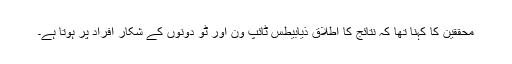
محققین کا کہنا تھا کہ نتائج کا اطلاق ذیابیطس ٹائپ ون اور ٹو دونوں کے شکار افراد پر ہوتا ہے۔